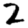
Digit: 2